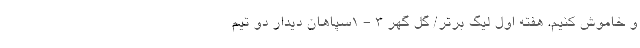
و خاموش کنیم. هفته اول لیگ برتر/ گل گهر 3 - 1سپاهان دیدار دو تیم